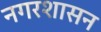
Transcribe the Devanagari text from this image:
नगरशासन